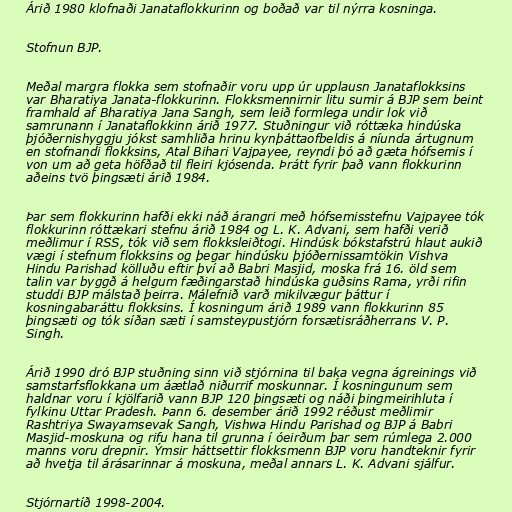
Árið 1980 klofnaði Janataflokkurinn og boðað var til nýrra kosninga.

Stofnun BJP.

Meðal margra flokka sem stofnaðir voru upp úr upplausn Janataflokksins
var Bharatiya Janata-flokkurinn. Flokksmennirnir litu sumir á BJP sem beint
framhald af Bharatiya Jana Sangh, sem leið formlega undir lok við
samrunann í Janataflokkinn árið 1977. Stuðningur við róttæka hindúska
þjóðernishyggju jókst samhliða hrinu kynþáttaofbeldis á níunda ártugnum
en stofnandi flokksins, Atal Bihari Vajpayee, reyndi þó að gæta hófsemis í
von um að geta höfðað til fleiri kjósenda. Þrátt fyrir það vann flokkurinn
aðeins tvö þingsæti árið 1984.

Þar sem flokkurinn hafði ekki náð árangri með hófsemisstefnu Vajpayee tók
flokkurinn róttækari stefnu árið 1984 og L. K. Advani, sem hafði verið
meðlimur í RSS, tók við sem flokksleiðtogi. Hindúsk bókstafstrú hlaut aukið
vægi í stefnum flokksins og þegar hindúsku þjóðernissamtökin Vishva
Hindu Parishad kölluðu eftir því að Babri Masjid, moska frá 16. öld sem
talin var byggð á helgum fæðingarstað hindúska guðsins Rama, yrði rifin
studdi BJP málstað þeirra. Málefnið varð mikilvægur þáttur í
kosningabaráttu flokksins. Í kosningum árið 1989 vann flokkurinn 85
þingsæti og tók síðan sæti í samsteypustjórn forsætisráðherrans V. P.
Singh.

Árið 1990 dró BJP stuðning sinn við stjórnina til baka vegna ágreinings við
samstarfsflokkana um áætlað niðurrif moskunnar. Í kosningunum sem
haldnar voru í kjölfarið vann BJP 120 þingsæti og náði þingmeirihluta í
fylkinu Uttar Pradesh. Þann 6. desember árið 1992 réðust meðlimir
Rashtriya Swayamsevak Sangh, Vishwa Hindu Parishad og BJP á Babri
Masjid-moskuna og rifu hana til grunna í óeirðum þar sem rúmlega 2.000
manns voru drepnir. Ýmsir háttsettir flokksmenn BJP voru handteknir fyrir
að hvetja til árásarinnar á moskuna, meðal annars L. K. Advani sjálfur.

Stjórnartíð 1998-2004.